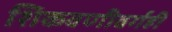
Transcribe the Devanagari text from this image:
शिकवणीवर्गही